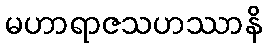
မဟာရာဇသဟဿာနိ